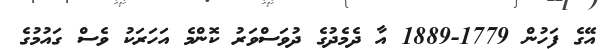
އޭގެ ފަހުން 1779-1889 އާ ދެމެދުގެ ދުވަސްވަރު ކޮންމެ އަހަރަކު ވެސް ގައުމުގެ